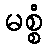
မစ္စံ